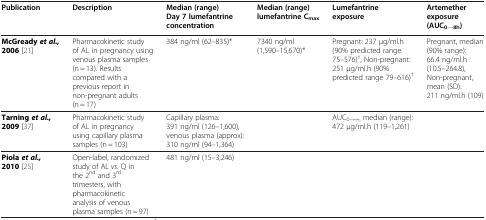
<table><thead><tr><td><b>Publication</b></td><td><b>Description</b></td><td><b>Median (range) Day 7 lumefantrine concentration</b></td><td><b>Median (range) lumefantrine C<sub>max</sub></b></td><td><b>Lumefantrine exposure</b></td><td><b>Artemether exposure (AUC<sub>0→8h</sub>)</b></td></tr></thead><tbody><tr><td><b>McGready</b><b><i>et al.,</i></b><b>2006</b>[21]</td><td>Pharmacokinetic study of AL in pregnancy using venous plasma samples (n = 13). Results compared with a previous report in non-pregnant adults (n = 17)</td><td>384 ng/ml (62–835)*</td><td>7340 ng/ml (1,590–15,670)*</td><td>Pregnant: 237 μg/ml.h (90% predicted range 75–576)<sup>†</sup>, Non-pregnant: 251 μg/ml.h (90% predicted range 79–616)<sup>†</sup></td><td>Pregnant, median (90% range): 66.4 ng/ml.h (10.5–264.8), Non-pregnant, mean (SD): 211 ng/ml.h (109)</td></tr><tr><td><b>Tarning</b><b><i>et al.,</i></b><b>2009</b>[37]</td><td>Pharmacokinetic study of AL in pregnancy using capillary plasma samples (n = 103)</td><td>Capillary plasma: 391 ng/ml (126–1,600), venous plasma (approx): 310 ng/ml (94–1,364)</td><td> </td><td>AUC<sub>0→∞,</sub> median (range): 472 μg/ml.h (119–1,261)</td><td> </td></tr><tr><td><b>Piola</b><b><i>et al.,</i></b><b>2010</b>[25]</td><td>Open-label, randomized study of AL <i>vs.</i> Q in the 2<sup>nd</sup> and 3<sup>rd</sup> trimesters, with pharmacokinetic analysis of venous plasma samples (n = 97)</td><td>481 ng/ml (15–3,246)</td><td> </td><td> </td><td> </td></tr></tbody></table>